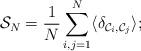
LaTeX: \begin{align*}{\cal{S}}_N = {\frac{1}{N}}\sum_{i,j=1}^{N} \langle \delta_{{\cal{C}}_i, {\cal{C}}_j} \rangle;\protect\end{align*}